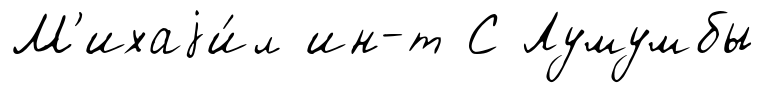
М'ихаjи́л ин-т С Лумумбы